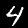
Label: 4